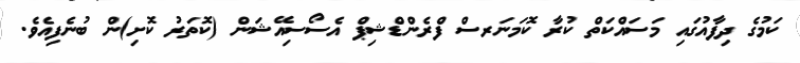
ކަމުގެ ދިފާއުގައި މަސައްކަތް ކުރާ ކޮމަނަރސް ފްރެންޑްޝިޕް އެސޯސިއޭޝަން (ކޮތަރު ކޮށި)ން ބުނެފިއެވެ.